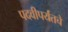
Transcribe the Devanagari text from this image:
पदवीपर्यंतचेे